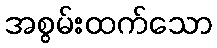
အစွမ်းထက်သော